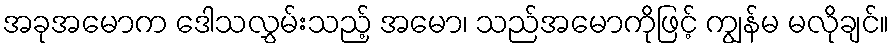
အခုအမောက ဒေါသလွှမ်းသည့် အမော၊ သည်အမောကိုဖြင့် ကျွန်မ မလိုချင်။